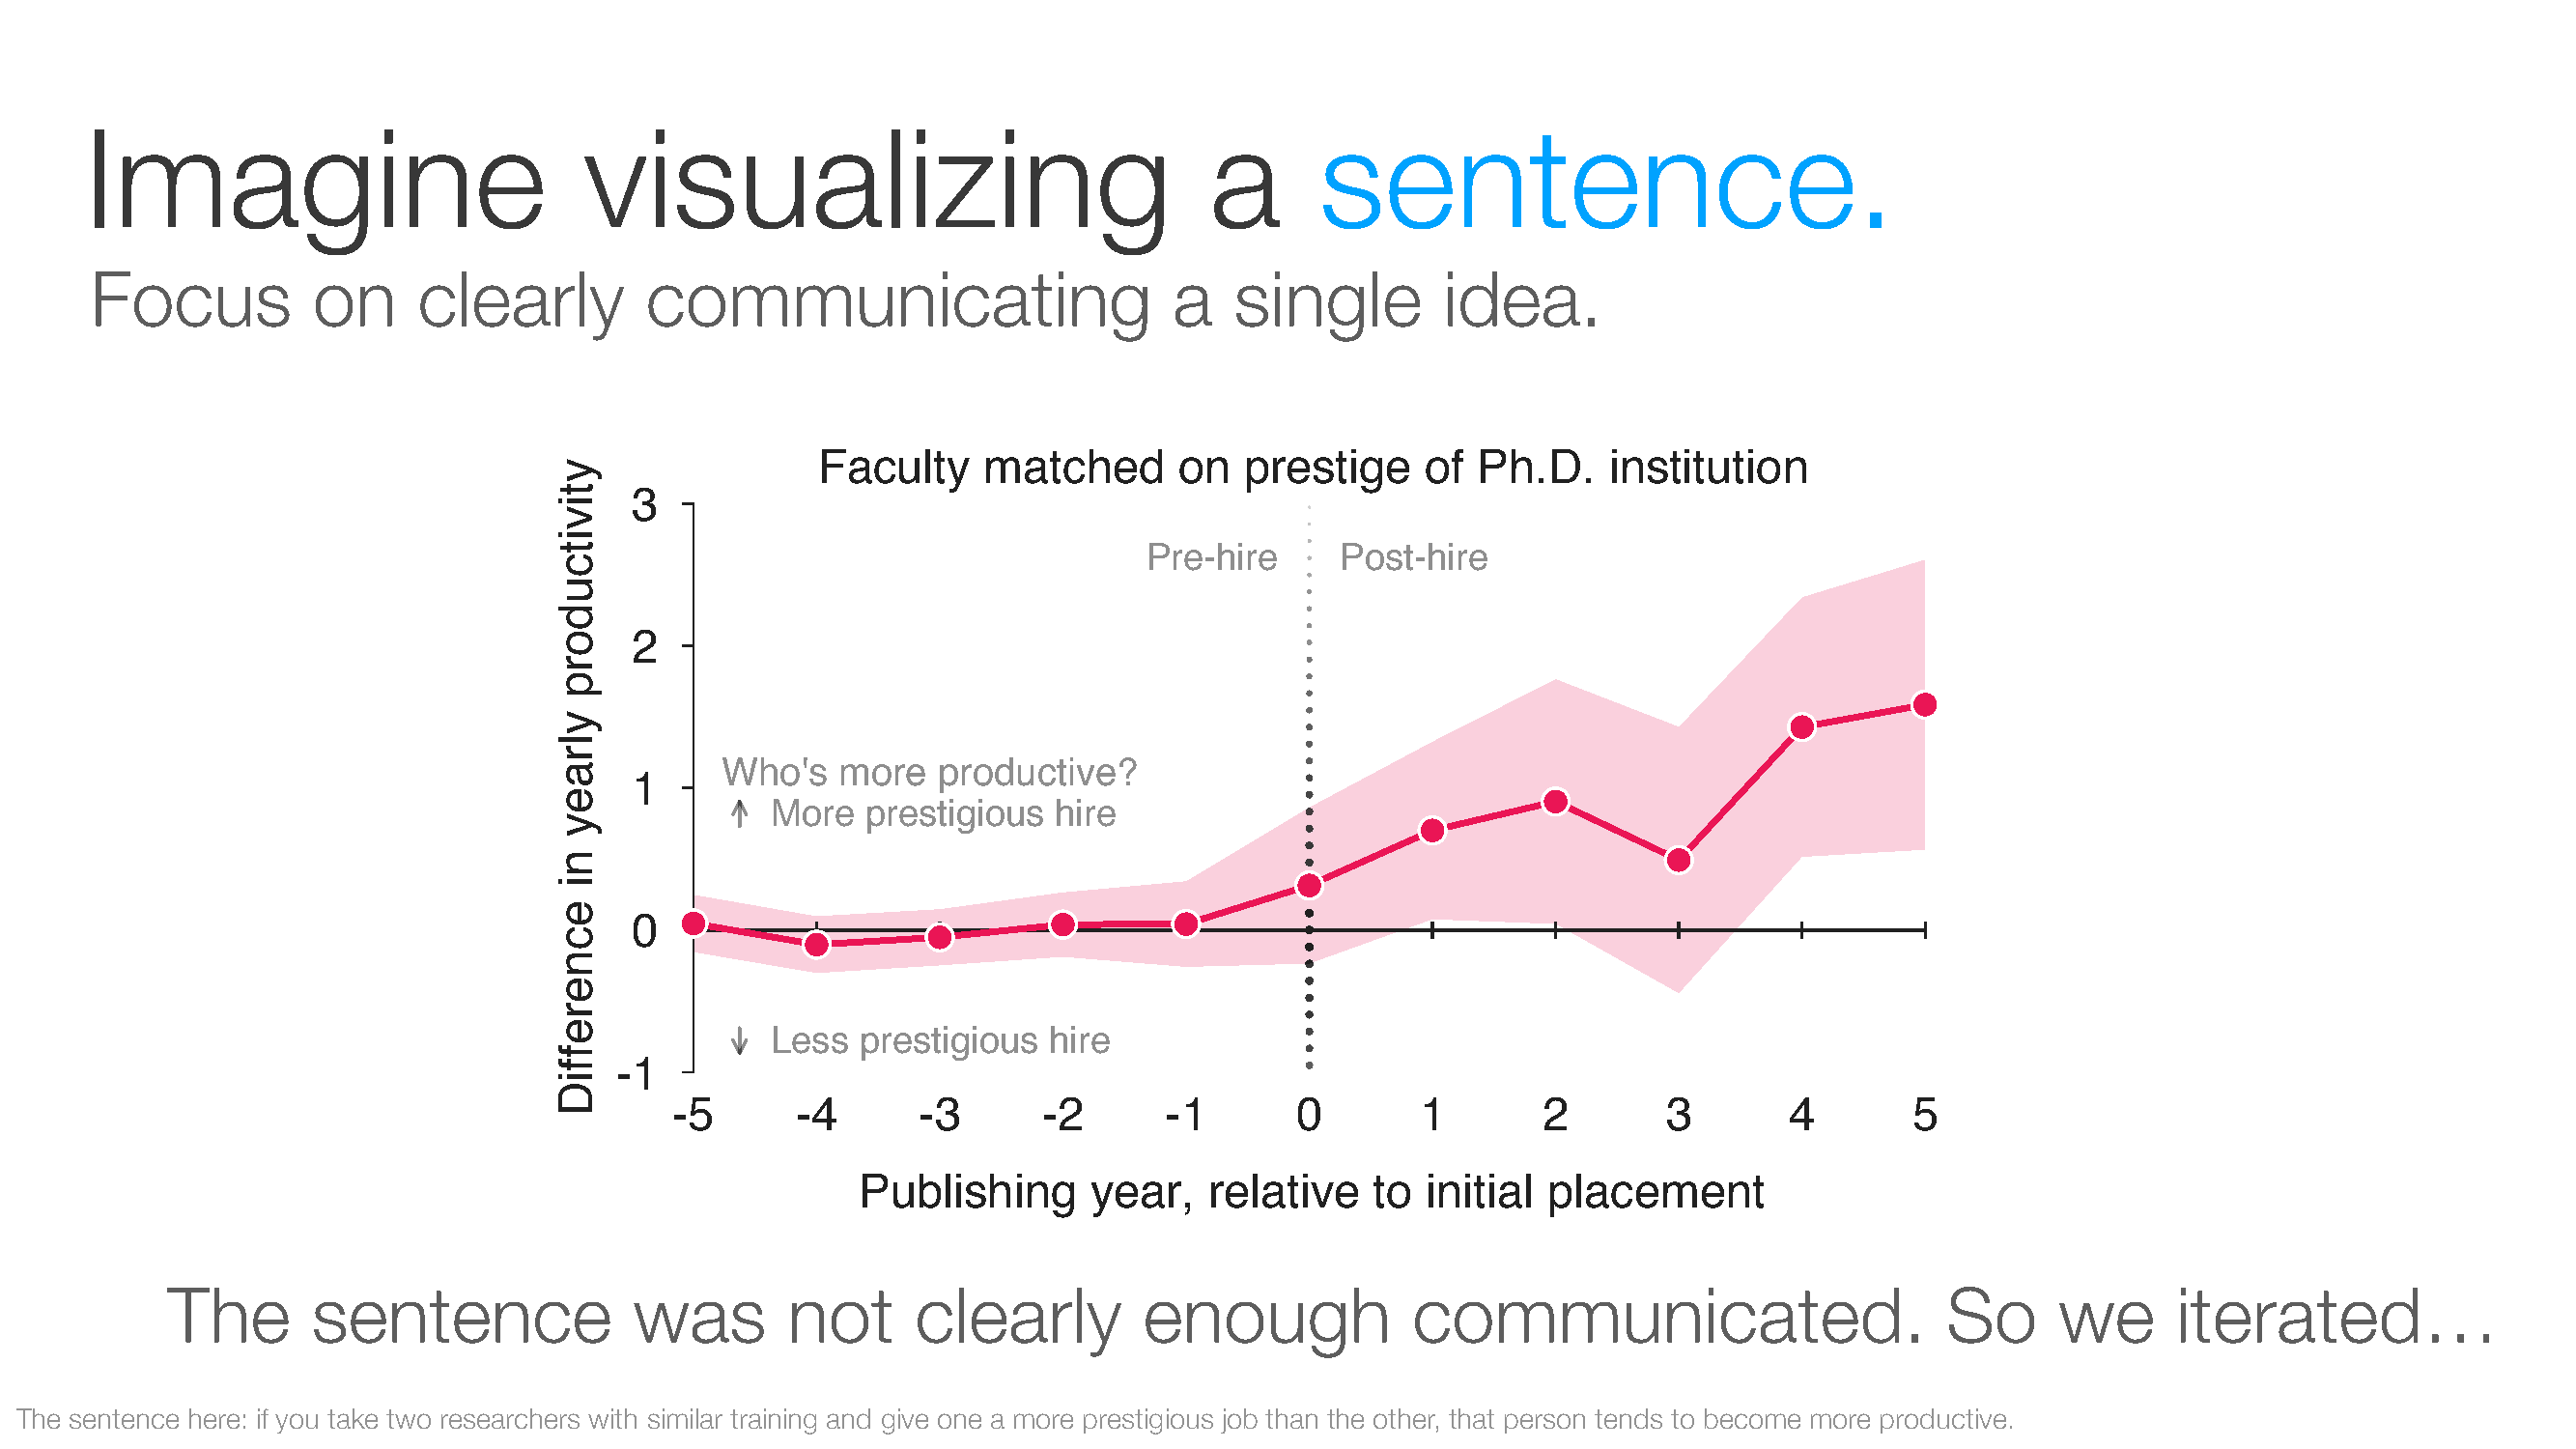
Imagine                           visualizing                                a      sentence.
 Focus          on      clearly        communicating                       a    single        idea.
 Faculty    matched       on  prestige     of Ph.D.    institution
 3
 Pre-hire     Post-hire
 2
 Who's   more   productive?
 1
 More  prestigious  hire
 0
 Less  prestigious  hire
 -1
 -5       -4      -3      -2       -1       0       1        2       3        4       5
 Publishing      year,   relative   to  initial placement
 The       sentence              was        not      clearly        enough             communicated.                       So      we      iterated…
 The sentence here: if you take two researchers with similar training and give one a more prestigious job than the other, that person tends to become more productive.
 ytivitcudorp
 ylraey
 ni
 ecnereffiD